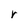
Character: r